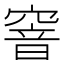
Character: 窨